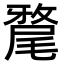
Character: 𭕲